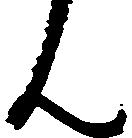
ん